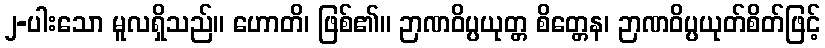
၂-ပါးသော မူလရှိသည်။ ဟောတိ၊ ဖြစ်၏။ ဉာဏဝိပ္ပယုတ္တ စိတ္တေန၊ ဉာဏဝိပ္ပယုတ်စိတ်ဖြင့်